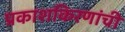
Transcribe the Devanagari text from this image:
प्रकाशकिरणांची